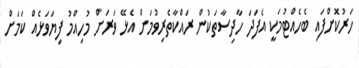
ހަރުކޮށްފައި ބެހެެއްޓުމަކީ އެފަދަ ހާދިސާތަކުން ރައްކާތެރިވުމަށް އެޅޭ ވަރަށް މުހިއްމު ފިޔަވަޅެއް ކަމަށް